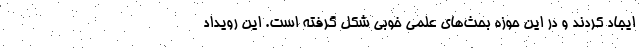
ایجاد کردند و در این حوزه بحث‌های علمی خوبی شکل گرفته است. این رویداد